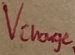
Text: Vcharge